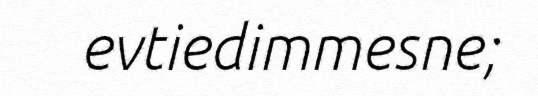
evtiedimmesne;